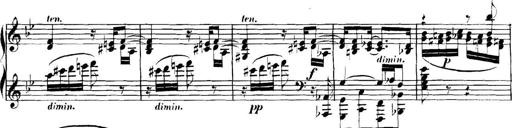
Title: Collected Piano Sonatas
Composer: Muzio Clementi